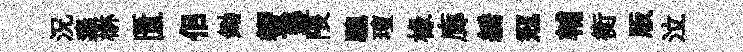
況粢楙匱佀鋤蠁遷隈驄璮椽廊綉冦輔衡版泣